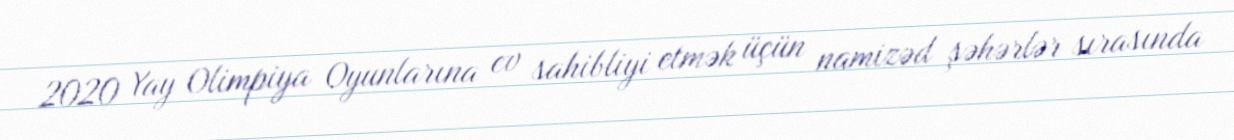
2020 Yay Olimpiya Oyunlarına ev sahibliyi etmək üçün namizəd şəhərlər sırasında